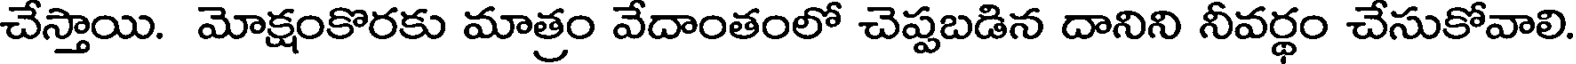
చేస్తాయి. మోక్షంకొరకు మాత్రం వేదాంతంలో చెప్పబడిన దానిని నీవర్థం చేసుకోవాలి